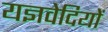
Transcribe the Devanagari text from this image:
यज्ञवेदियों